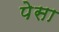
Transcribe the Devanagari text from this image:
पेसा